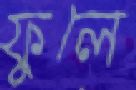
ফুলে